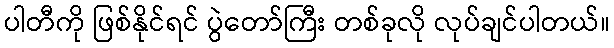
ပါတီကို ဖြစ်နိုင်ရင် ပွဲတော်ကြီး တစ်ခုလို လုပ်ချင်ပါတယ်။